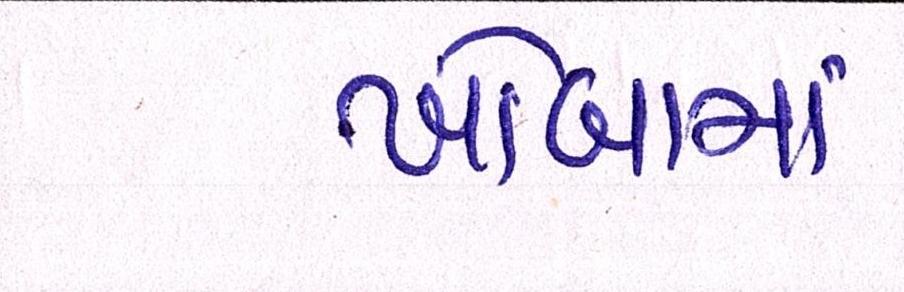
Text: ખોબામાં